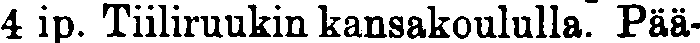
4 ip. Tiiliruukin kansakoululla. Pää-